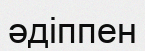
әдіппен